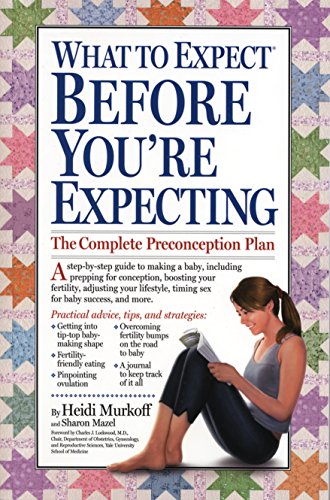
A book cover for What to Expect Before You're Expecting; Heidi Murkoff; Parenting & Relationships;